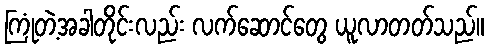
ကြုံတဲ့အခါတိုင်းလည်း လက်ဆောင်တွေ ယူလာတတ်သည်။